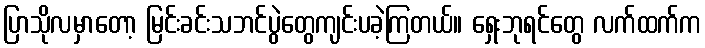
ပြာသိုလမှာတော့ မြင်းခင်းသဘင်ပွဲတွေကျင်းပခဲ့ကြတယ်။ ရှေးဘုရင်တွေ လက်ထက်က